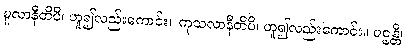
မူလာနီတိပိ၊ ဟူ၍လည်းကောင်း။ ကုသလာနီတိပိ၊ ဟူ၍လည်းကောင်း။ ပဌန္တိ၊